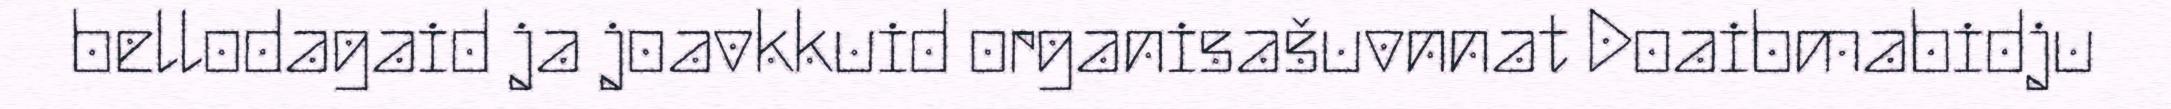
bellodagaid ja joavkkuid organisašuvnnat Doaibmabidju